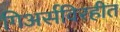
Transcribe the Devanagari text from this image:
गिअर्सविरहीत